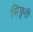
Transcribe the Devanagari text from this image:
सिफ़ुरी